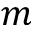
m